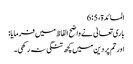
المائدة، 5: 6
باری تعالیٰ نے واضح الفاظ میں فرمایا:
اور تم پر دین میں کچھ تنگی نہ رکھی۔